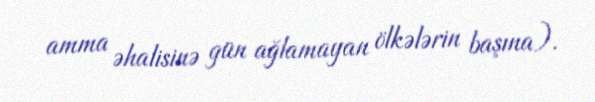
amma əhalisinə gün ağlamayan ölkələrin başına).